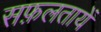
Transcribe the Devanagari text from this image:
सफ़लतायें